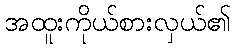
အထူးကိုယ်စားလှယ်၏